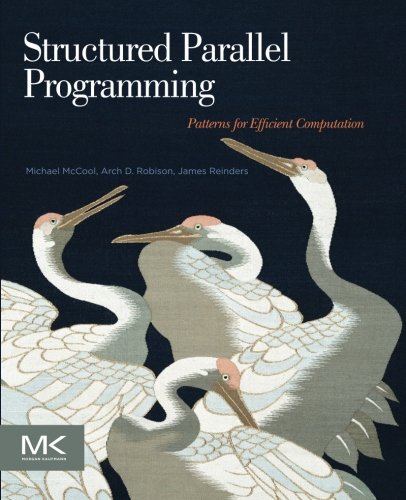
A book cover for Structured Parallel Programming: Patterns for Efficient Computation; Michael McCool; Computers & Technology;